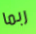
ربما